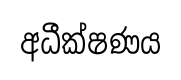
අධීක්ෂණය